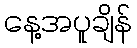
နေ့အပူချိန်